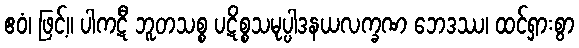
ဧဝံ၊ ဖြင့်။ ပါကဋီ ဘူတသစ္စ ပဋိစ္စသမုပ္ပါဒနယလက္ခဏ ဘေဒဿ၊ ထင်ရှားစွာ